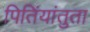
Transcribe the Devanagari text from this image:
पितिंयांतुता